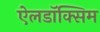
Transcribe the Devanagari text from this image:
ऐलडॉक्सिम